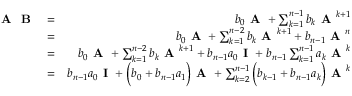
\begin{array} { r l r } { \textbf { A } \textbf { B } } & { = } & { b _ { 0 } \textbf { A } + \sum _ { k = 1 } ^ { n - 1 } b _ { k } \textbf { A } ^ { k + 1 } } \\ & { = } & { b _ { 0 } \textbf { A } + \sum _ { k = 1 } ^ { n - 2 } b _ { k } \textbf { A } ^ { k + 1 } + b _ { n - 1 } \textbf { A } ^ { n } } \\ & { = } & { b _ { 0 } \textbf { A } + \sum _ { k = 1 } ^ { n - 2 } b _ { k } \textbf { A } ^ { k + 1 } + b _ { n - 1 } a _ { 0 } \textbf { I } + b _ { n - 1 } \sum _ { k = 1 } ^ { n - 1 } a _ { k } \textbf { A } ^ { k } } \\ & { = } & { b _ { n - 1 } a _ { 0 } \textbf { I } + \Big ( b _ { 0 } + b _ { n - 1 } a _ { 1 } \Big ) \textbf { A } + \sum _ { k = 2 } ^ { n - 1 } \Big ( b _ { k - 1 } + b _ { n - 1 } a _ { k } \Big ) \textbf { A } ^ { k } } \end{array}